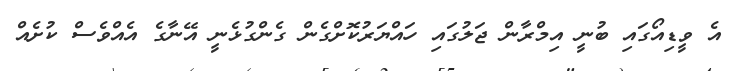
އެ ވީޑިއޯގައި ބުނީ އިމްރާން ޖަލުގައި ހައްޔަރުކޮށްގެން ގެންގުޅެނީ އޭނާގެ އެއްވެސް ކުށެއް